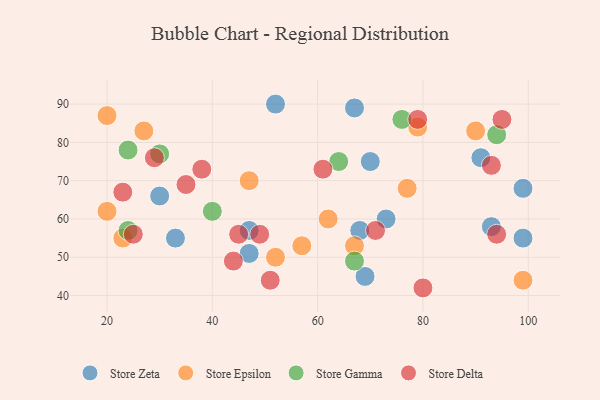
{"axis": {"x": "GDP", "y": "Life Expectancy"}, "legend": ["Store Delta", "Store Epsilon", "Store Gamma", "Store Zeta"], "data": [{"x": "47", "y": 57, "type": "Store Zeta"}, {"x": "70", "y": 75, "type": "Store Zeta"}, {"x": "73", "y": 60, "type": "Store Zeta"}, {"x": "91", "y": 76, "type": "Store Zeta"}, {"x": "99", "y": 55, "type": "Store Zeta"}, {"x": "30", "y": 66, "type": "Store Zeta"}, {"x": "67", "y": 89, "type": "Store Zeta"}, {"x": "93", "y": 58, "type": "Store Zeta"}, {"x": "33", "y": 55, "type": "Store Zeta"}, {"x": "68", "y": 57, "type": "Store Zeta"}, {"x": "99", "y": 68, "type": "Store Zeta"}, {"x": "52", "y": 90, "type": "Store Zeta"}, {"x": "69", "y": 45, "type": "Store Zeta"}, {"x": "47", "y": 51, "type": "Store Zeta"}, {"x": "27", "y": 83, "type": "Store Epsilon"}, {"x": "67", "y": 53, "type": "Store Epsilon"}, {"x": "79", "y": 84, "type": "Store Epsilon"}, {"x": "47", "y": 70, "type": "Store Epsilon"}, {"x": "23", "y": 55, "type": "Store Epsilon"}, {"x": "57", "y": 53, "type": "Store Epsilon"}, {"x": "90", "y": 83, "type": "Store Epsilon"}, {"x": "20", "y": 87, "type": "Store Epsilon"}, {"x": "52", "y": 50, "type": "Store Epsilon"}, {"x": "77", "y": 68, "type": "Store Epsilon"}, {"x": "20", "y": 62, "type": "Store Epsilon"}, {"x": "99", "y": 44, "type": "Store Epsilon"}, {"x": "62", "y": 60, "type": "Store Epsilon"}, {"x": "76", "y": 86, "type": "Store Gamma"}, {"x": "40", "y": 62, "type": "Store Gamma"}, {"x": "24", "y": 78, "type": "Store Gamma"}, {"x": "30", "y": 77, "type": "Store Gamma"}, {"x": "67", "y": 49, "type": "Store Gamma"}, {"x": "24", "y": 57, "type": "Store Gamma"}, {"x": "94", "y": 82, "type": "Store Gamma"}, {"x": "64", "y": 75, "type": "Store Gamma"}, {"x": "35", "y": 69, "type": "Store Delta"}, {"x": "51", "y": 44, "type": "Store Delta"}, {"x": "94", "y": 56, "type": "Store Delta"}, {"x": "95", "y": 86, "type": "Store Delta"}, {"x": "23", "y": 67, "type": "Store Delta"}, {"x": "49", "y": 56, "type": "Store Delta"}, {"x": "71", "y": 57, "type": "Store Delta"}, {"x": "29", "y": 76, "type": "Store Delta"}, {"x": "25", "y": 56, "type": "Store Delta"}, {"x": "44", "y": 49, "type": "Store Delta"}, {"x": "38", "y": 73, "type": "Store Delta"}, {"x": "45", "y": 56, "type": "Store Delta"}, {"x": "61", "y": 73, "type": "Store Delta"}, {"x": "80", "y": 42, "type": "Store Delta"}, {"x": "93", "y": 74, "type": "Store Delta"}, {"x": "79", "y": 86, "type": "Store Delta"}]}